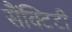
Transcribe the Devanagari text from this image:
सैंक्टिटी